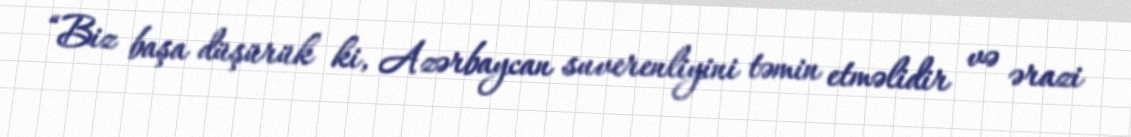
“Biz başa düşürük ki, Azərbaycan suverenliyini təmin etməlidir və ərazi